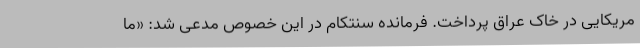
مریکایی در خاک عراق پرداخت. فرمانده سنتکام در این خصوص مدعی شد:‌ «ما